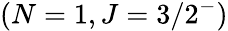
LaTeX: (N=1,J=3/2^{-})